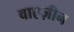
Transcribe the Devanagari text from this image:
वाएज़ीन